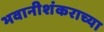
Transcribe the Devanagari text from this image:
भवानीशंकराच्या